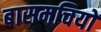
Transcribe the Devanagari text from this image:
बासमचियों